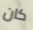
كان